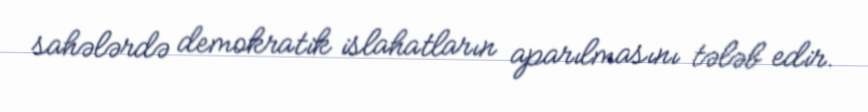
sahələrdə demokratik islahatların aparılmasını tələb edir.